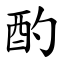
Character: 酌